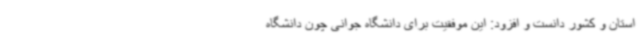
استان و کشور دانست و افزود: این موفقیت برای دانشگاه جوانی چون دانشگاه